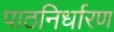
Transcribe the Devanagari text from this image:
पाठनिर्धारण